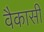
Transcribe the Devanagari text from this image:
वैकासी